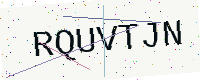
Text: RQUVTJN